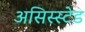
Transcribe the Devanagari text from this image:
असिस्स्टेड